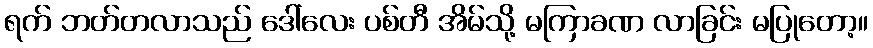
ရက် ဘတ်တလာသည် ဒေါ်လေး ပစ်တီ အိမ်သို့ မကြာခဏ လာခြင်း မပြုတော့။